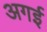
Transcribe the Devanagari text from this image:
अगई